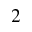
2